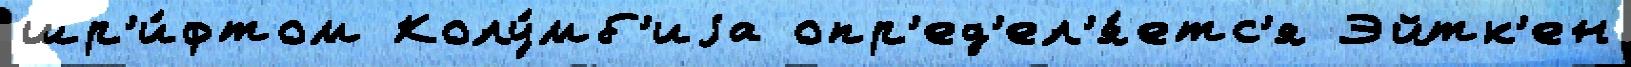
шр'и́фтом Колу́мб'иjа опр'ед'ел'я́етс'я Эйтк'ен